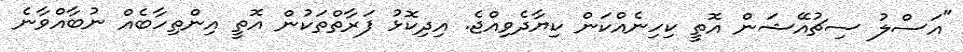
"އަސްލު ސިޗުއޭޝަން އޮތީ ކިހިނެއްކަން ކިޔާދެވިއްޖެ. އިދިކޮޅު ފަރާތްތަކުން އޮތީ އިންތިހާބެއް ނުބާއްވާނެ